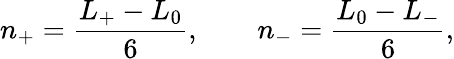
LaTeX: n_{+}=\frac{L_{+}-L_{0}}{6},\qquad n_{-}=\frac{L_{0}-L_{-}}{6},